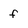
Character: f